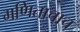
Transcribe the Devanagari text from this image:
गणिताचाच